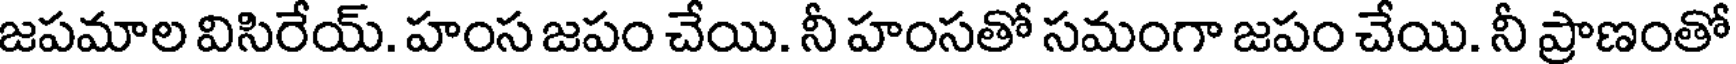
జపమాల విసిరేయ్. హంస జపం చేయి. నీ హంసతో సమంగా జపం చేయి. నీ ప్రాణంతో